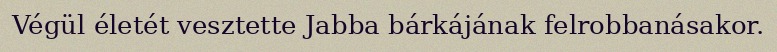
Végül életét vesztette Jabba bárkájának felrobbanásakor.